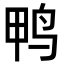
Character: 鸭